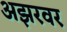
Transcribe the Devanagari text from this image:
अझरवर